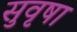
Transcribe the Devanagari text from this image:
सुवृषा